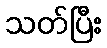
သတ်ပြီး